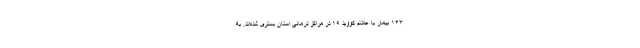
۱۴۳ بیمار با علائم کووید ۱۹ در مراکز درمانی استان بستری شده‌اند. به